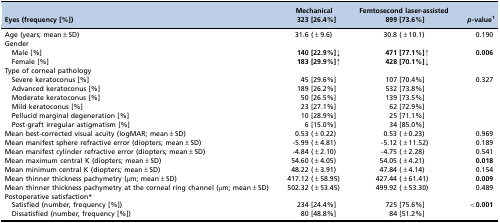
| Eyes (frequency [%]) | Mechanical 323 [26.4%] | Femtosecond laser-assisted 899 [73.6%] | p-value1 |
 | --- | --- | --- | --- |
 | Age (years; mean±SD) | 31.6 (±9.6) | 30.8 (±10.1) | 0.190 |
 | Gender |  |  |  |
 | Male [%] | 140 [22.9%]↓ | 471 [77.1%]↑ | <ROWSPAN=2> 0.006 |
 | Female [%] | 183 [29.9%]↑ | 428 [70.1%]↓ |
 | Type of corneal pathology |  |  |  |
 | Severe keratoconus [%] | 45 [29.6%] | 107 [70.4%] | <ROWSPAN=6> 0.327 |
 | Advanced keratoconus [%] | 189 [26.2%] | 532 [73.8%] |
 | Moderate keratoconus [%] | 50 [26.5%] | 139 [73.5%] |
 | Mild keratoconus [%] | 23 [27.1%] | 62 [72.9%] |
 | Pellucid marginal degeneration [%] | 10 [28.9%] | 25 [71.1%] |
 | Post-graft irregular astigmatism [%] | 6 [15.0%] | 34 [85.0%] |
 | Mean best-corrected visual acuity (logMAR; mean±SD) | 0.53 (±0.22) | 0.53 (±0.23) | 0.969 |
 | Mean manifest sphere refractive error (diopters; mean±SD) | -5.99 (±4.81) | -5.12 (±11.52) | 0.189 |
 | Mean manifest cylinder refractive error (diopters; mean±SD) | -4.84 (±2.10) | -4.75 (±2.28) | 0.541 |
 | Mean maximum central K (diopters; mean±SD) | 54.60 (±4.05) | 54.05 (±4.21) | 0.018 |
 | Mean minimum central K (diopters; mean±SD) | 48.22 (±3.91) | 47.84 (±4.14) | 0.154 |
 | Mean thinner thickness pachymetry (μm; mean±SD) | 417.12 (±58.95) | 427.44 (±61.41) | 0.009 |
 | Mean thinner thickness pachymetry at the corneal ring channel (μm; mean±SD) | 502.32 (±53.45) | 499.92 (±53.30) | 0.489 |
 | Postoperative satisfaction* |  |  |  |
 | Satisfied (number, frequency [%]) | 234 [24.4%] | 725 [75.6%] | <ROWSPAN=2> <0.001 |
 | Dissatisfied (number, frequency [%]) | 80 [48.8%] | 84 [51.2%] |